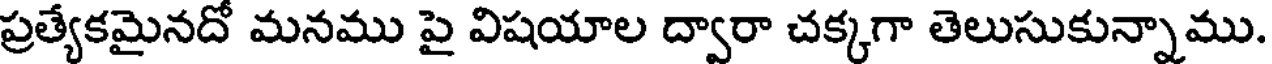
ప్రత్యేకమైనదో మనము పై విషయాల ద్వారా చక్కగా తెలుసుకున్నాము.